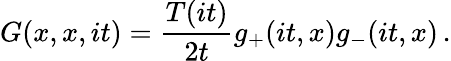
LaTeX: G(x,x,it)=\frac{T(it)}{2t}g_{+}(it,x)g_{-}(it,x)\, .